Scottish Certificate of Education, 1963
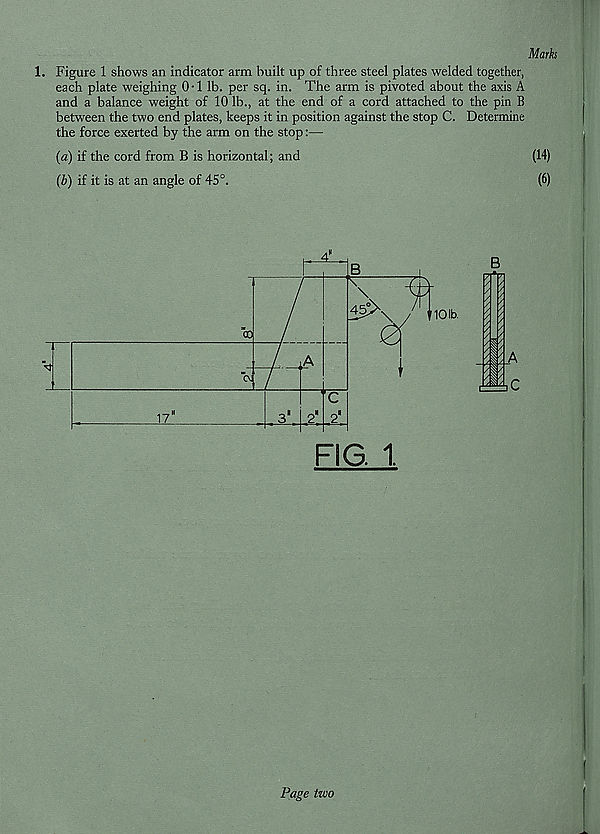
Mark
1. Figure 1 shows an indicator arm built up of three steel plates welded together,
each plate weighing 0-1 lb. per sq. in. The arm is pivoted about the axis A
and a balance weight of 10 lb., at the end of a cord attached to the pin B
between the two end plates, keeps it in position against the stop C. Determine
the force exerted by the arm on the stop:—
(a) if the cord from B is horizontal; and
(14)
(b) if it is at an angle of 45°.
(6)
FIG. 1.
B
ij
y A
C
Page two